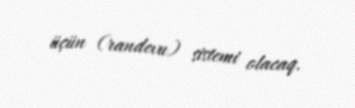
üçün (randevu) sistemi olacaq.